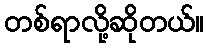
တစ်ရာလို့ဆိုတယ်။